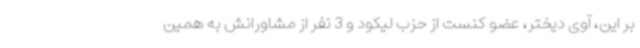
بر این، آوی دیختر، عضو کنست از حزب لیکود و 3 نفر از مشاورانش به همین